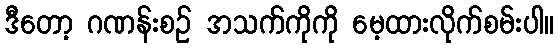
ဒီတော့ ဂဏန်းစဉ် အသက်ကိုကို မေ့ထားလိုက်စမ်းပါ။